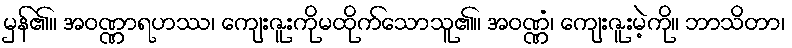
မှန်၏။ အဝဏ္ဏာရဟဿ၊ ကျေးဇူးကိုမထိုက်သောသူ၏။ အဝဏ္ဏံ၊ ကျေးဇူးမဲ့ကို။ ဘာသိတာ၊